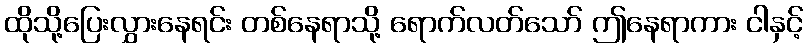
ထိုသို့ပြေးလွှားနေရင်း တစ်နေရာသို့ ရောက်လတ်သော် ဤနေရာကား ငါနှင့်